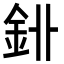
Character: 𨥑